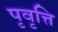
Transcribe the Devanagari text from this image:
पृवृत्ति